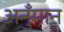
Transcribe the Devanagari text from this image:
अनुँमान